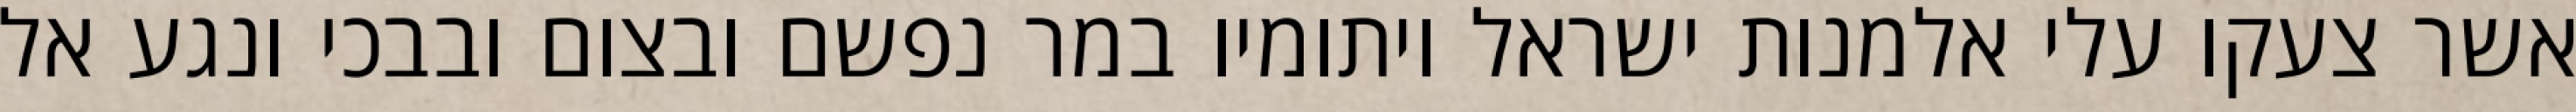
אשר צעקו עלי אלמנות ישראל ויתומיו במר נפשם ובצום ובבכי ונגע אל